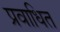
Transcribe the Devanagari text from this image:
प्रवाधित